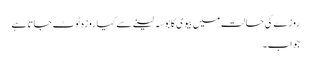
روزے کی حالت میں بیوی کا بوسہ لینے سے کیا روزہ ٹوٹ جاتا ہے
جواب۔